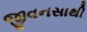
જીવનસાથી